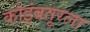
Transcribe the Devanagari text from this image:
कोइंबतूरला